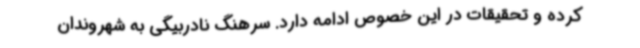
کرده و تحقیقات در این خصوص ادامه دارد. سرهنگ نادربیگی به شهروندان